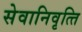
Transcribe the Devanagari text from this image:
सेवानिवृत्‍ति